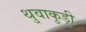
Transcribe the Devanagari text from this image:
थुवाकुड़ी